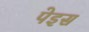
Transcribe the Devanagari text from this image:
पेइस